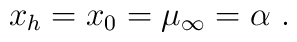
x_h = x_0 = \mu_\infty  = \alpha \ .